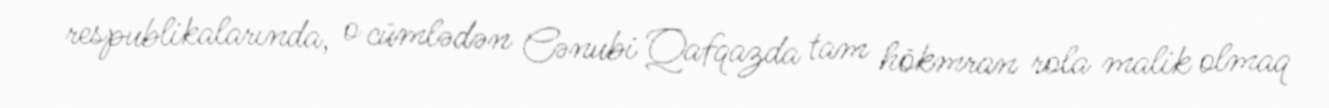
respublikalarında, o cümlədən Cənubi Qafqazda tam hökmran rola malik olmaq